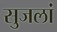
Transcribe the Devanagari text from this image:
सुजलां